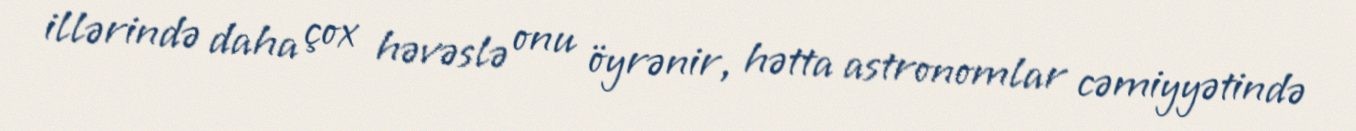
illərində daha çox həvəslə onu öyrənir, hətta astronomlar cəmiyyətində